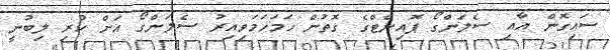
ސައިގޮން އާއި ސެލަންގޯ ޕޮއިންޓްގެ ގޮތުން ހަމަހަމަވިއިރު ސެލަންގޯ އަށް ކުރި ލިބުނީ